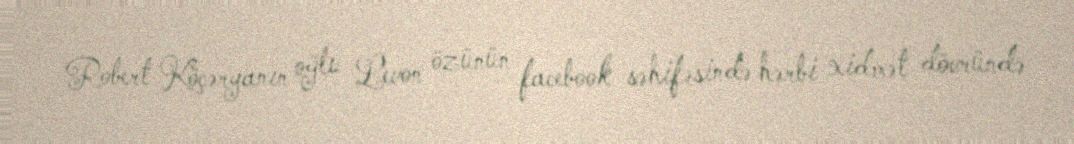
Robert Köçəryanın oğlu Levon özünün facebook səhifəsində hərbi xidmət dövründə